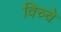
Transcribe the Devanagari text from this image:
विच्चे